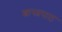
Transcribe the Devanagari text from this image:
शास्त्रपाठ